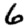
Digit: 6